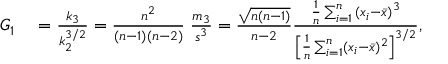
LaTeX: \begin{array} { r l } { G _ { 1 } } & { { } = { \frac { k _ { 3 } } { k _ { 2 } ^ { 3 / 2 } } } = { \frac { n ^ { 2 } } { ( n - 1 ) ( n - 2 ) } } \; { \frac { m _ { 3 } } { s ^ { 3 } } } = { \frac { \sqrt { n ( n - 1 ) } } { n - 2 } } { \frac { { \frac { 1 } { n } } \sum _ { i = 1 } ^ { n } { ( x _ { i } - { \bar { x } } ) } ^ { 3 } } { \left[ { \frac { 1 } { n } } \sum _ { i = 1 } ^ { n } ( x _ { i } - { \bar { x } } ) ^ { 2 } \right] ^ { 3 / 2 } } } , } \end{array}